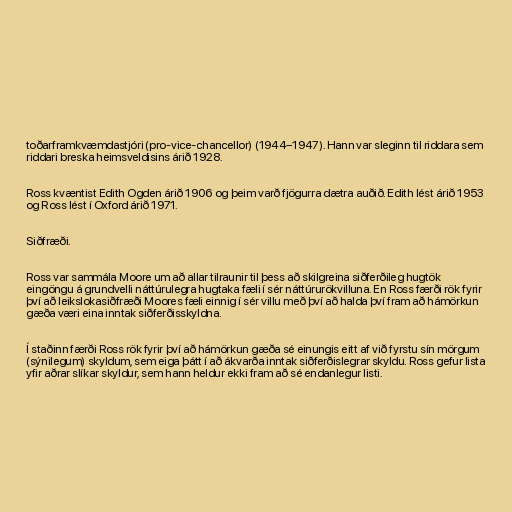
toðarframkvæmdastjóri (pro-vice-chancellor) (1944–1947). Hann var sleginn til riddara sem
riddari breska heimsveldisins árið 1928.

Ross kvæntist Edith Ogden árið 1906 og þeim varð fjögurra dætra auðið. Edith lést árið 1953
og Ross lést í Oxford árið 1971.

Siðfræði.

Ross var sammála Moore um að allar tilraunir til þess að skilgreina siðferðileg hugtök
eingöngu á grundvelli náttúrulegra hugtaka fæli í sér náttúrurökvilluna. En Ross færði rök fyrir
því að leikslokasiðfræði Moores fæli einnig í sér villu með því að halda því fram að hámörkun
gæða væri eina inntak siðferðisskyldna.

Í staðinn færði Ross rök fyrir því að hámörkun gæða sé einungis eitt af við fyrstu sín mörgum
(sýnilegum) skyldum, sem eiga þátt í að ákvarða inntak siðferðislegrar skyldu. Ross gefur lista
yfir aðrar slíkar skyldur, sem hann heldur ekki fram að sé endanlegur listi.